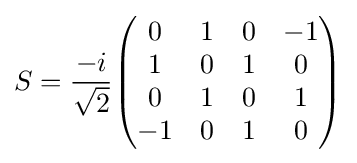
S={\frac {-i}{\sqrt {2}}}{\begin{pmatrix}0&1&0&-1\\1&0&1&0\\0&1&0&1\\-1&0&1&0\end{pmatrix}}